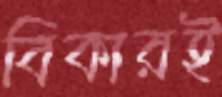
বিকারই